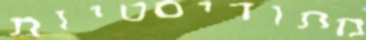
מתודיסטיות